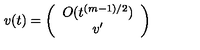
v ( t ) = \left( \begin{array} { c } { O ( t ^ { ( m - 1 ) / 2 } ) } \\ { v ^ { \prime } } \\ \end{array} \right)